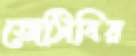
জেসিবির